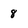
Character: 8